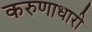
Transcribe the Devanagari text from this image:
करुणाधारी